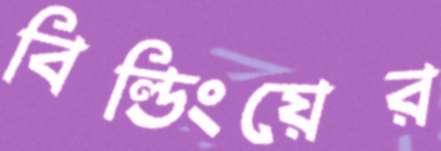
বিল্ডিংয়ের